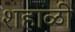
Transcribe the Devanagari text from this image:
शहाळी